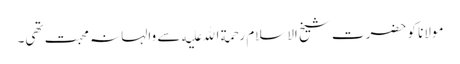
مولانا کو حضرت شیخ الاسلام رحمة الله علیه سے والہانہ محبت تھی۔